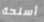
أسلحة